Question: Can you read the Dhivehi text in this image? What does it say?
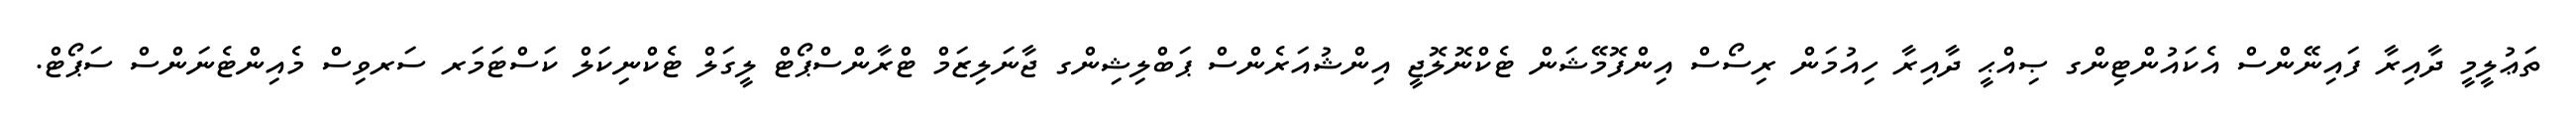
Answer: ތަޢުލީމީ ދާއިރާ ފައިނޭންސް އެކައުންޓިންގ ޞިއްޙީ ދާއިރާ ހިއުމަން ރިސޯސް އިންފޮމޭޝަން ޓެކްނޮލޮޖީ އިންޝުއަރެންސް ޕަބްލިޝިންގ ޖާނަލިޒަމް ޓްރާންސްޕޯޓް ލީގަލް ޓެކްނިކަލް ކަސްޓަމަރ ސަރވިސް މެއިންޓެނަންސް ސަޕޯޓް.